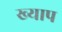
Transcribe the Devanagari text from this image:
ख्याप